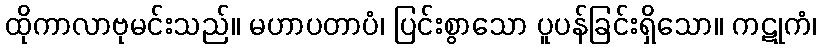
ထိုကာလာဗုမင်းသည်။ မဟာပတာပံ၊ ပြင်းစွာသော ပူပန်ခြင်းရှိသော။ ကဋုကံ၊